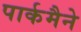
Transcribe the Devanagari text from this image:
पार्कमैने